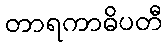
တာရကာဓိပတီ